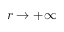
r \rightarrow + \infty